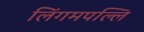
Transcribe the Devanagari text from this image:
लिंगमपल्लि